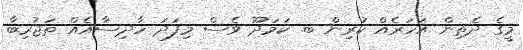
މީގެ ދެތިން އަހަރެއް ކުރިން ބ. ކަމަދޫ ވެސް މިފަދަ ހާދިސާއެއް ތަޖުރިބާ